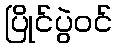
ပြိုင်ပွဲဝင်